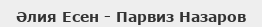
Әлия Есен - Парвиз Назаров